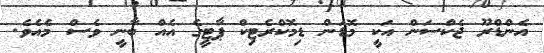
އެންޑްރޫ ޖެކްސަން އަކީ މޮޑަން ޑިމޮކްރެޓިކް ޕާޓީގެ އެއް ބާނީ ވެސް މެއެވެ.